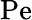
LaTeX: \mathrm{Pe}